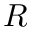
R